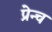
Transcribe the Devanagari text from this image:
प्रेन्च